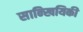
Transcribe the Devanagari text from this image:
सान्खियिकी